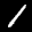
Label: 1